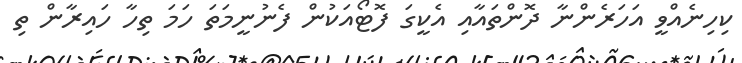
ކިހިނެއްވީ އަހަރެންނާ ދޮންތައާއި އެކީގަ ފޮޓޯއަކުން ފެނުނީމަތަ ހަމަ ތިހާ ހައިރާން ތި